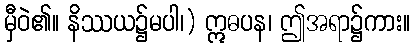
မှီဝဲ၏။ နိဿယ၌မပါ၊) ဣဓပန၊ ဤအရာ၌ကား။